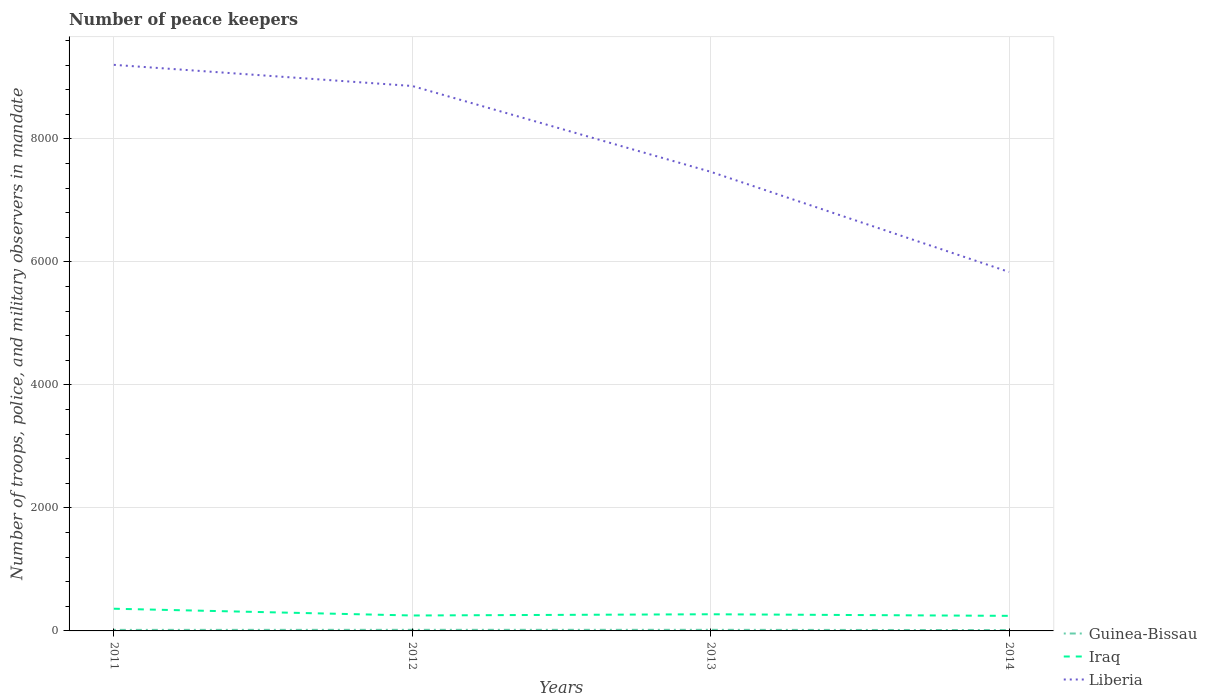
| Years | Guinea-Bissau | Iraq | Liberia |
 | --- | --- | --- | --- |
 | 2011 | 17 | 361 | 9.21e+03 |
 | 2012 | 18 | 251 | 8.86e+03 |
 | 2013 | 18 | 271 | 7.47e+03 |
 | 2014 | 14 | 245 | 5.84e+03 |